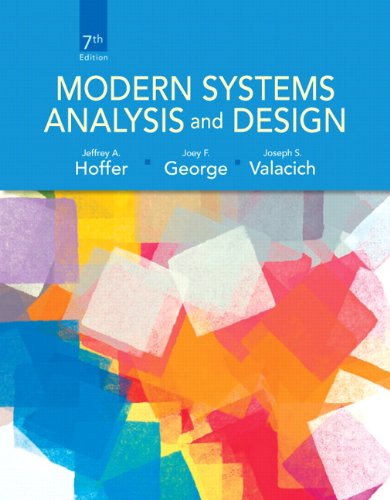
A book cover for Modern Systems Analysis and Design (7th Edition); Jeffrey A. Hoffer; Business & Money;